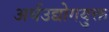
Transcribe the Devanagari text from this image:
अर्धउद्योगयुक्त